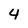
Character: 4